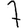
Digit: 7